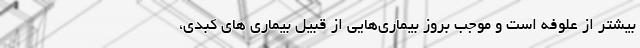
بیشتر از علوفه است و موجب بروز بیماری‌هایی از قبیل بیماری ‌های کبدی،